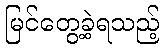
မြင်တွေ့ခဲ့ရသည့်